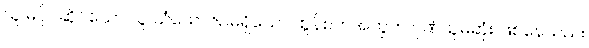
သူ မပိုင်ဆိုင်သော သူ သံယောဇဉ်မရှိသော ထွန်စက်အတွက် ဂုဏ်ယူမဆုံး ဖြစ်နေသည်။